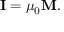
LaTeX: \mathbf { I } = \mu _ { 0 } \mathbf { M } .